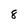
Character: 8